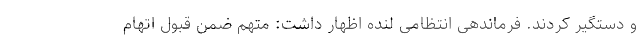
و دستگیر کردند. فرماندهی انتظامی لنده اظهار داشت: متهم ضمن قبول اتهام